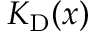
K _ { \mathrm { D } } ( x )